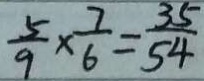
\frac { 5 } { 9 } \times \frac { 7 } { 6 } = \frac { 3 5 } { 5 4 }